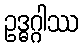
ဥဒ္ဓဂ္ဂါဿ